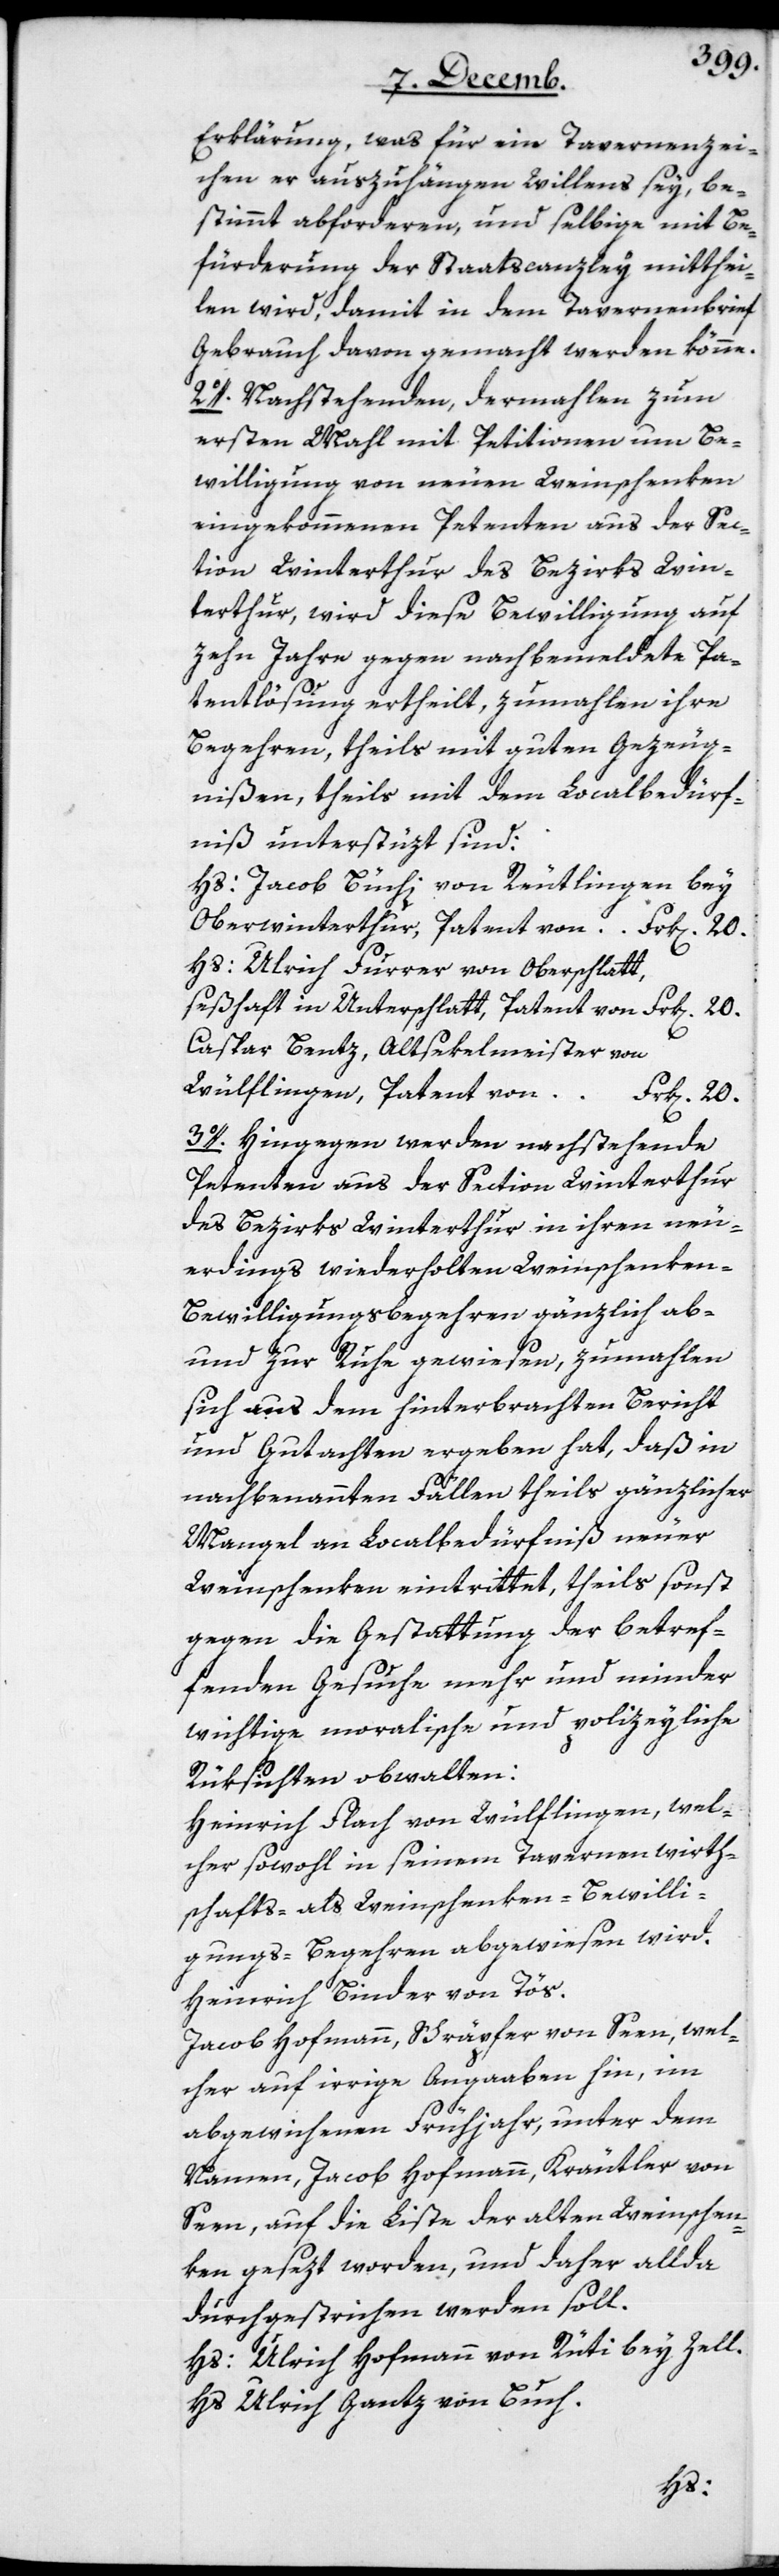
20.
Erklärung, was für ein Tavernenzei¬
chen er auszuhängen Willens sey, be¬
stimmt abforderen, und selbige mit Be¬
fürderung der Staatscanzley mitthei¬
len wird, damit in dem Tavernenbrief
Gebrauch davon gemacht werden könne.
2o. Nachstehenden, dermahlen zum
ersten Mahl mit Petitionen um Be¬
willigung von neuen Weinschenken
eingekommenen Petenten aus der Sec¬
tion Winterthur des Bezirks Win¬
terthur, wird diese Bewilligung auf
zehn Jahre gegen nachbemeldete Pa¬
tentlösung ertheilt, zumahlen ihre
Begehren, theils mit guten Gezeug¬
nißen, theils mit dem Localbedürf¬
niß unterstüzt sind:
Hs. Jacob Büchi von Reutlingen bey
Oberwinterthur, Patent von Frk[en]. 20.
Hs. Ulrich Furrer von Oberschlatt,
Caspar Bentz, Altsekelmeister von
Wülflingen, Patent von
Frk[en]. 20.
3o. Hingegen werden nachstehende
Petenten aus der Section Winterthur
des Bezirks Winterthur in ihren neu¬
erdings wiederholten Weinschenken-B¬
ewilligungsbegehren gänzlich ab-
und zur Ruhe gewiesen, zumahlen
sich aus dem hinterbrachten Bericht
und Gutachten ergeben hat, daß in
nachbenannten Fällen, theils gänzlicher
Mangel an Localbedürfniß neuer
Weinschenken eintrittet, theils sonst
gegen die Gestattung der betref¬
fenden Gesuche mehr und minder
wichtige moralische und polizeyliche
Rüksichten obwalten:
Heinrich Flach von Wülflingen, wel¬
cher sowohl in seinem Tavernenwirth¬
schafts- als Weinschenken-Bewilli¬
gungs-Begehren abgewiesen wird.
Heinrich Binder von Tös.
Jacob Hofmann, Schräpfer von Seen, wel¬
cher auf irrige Angaaben hin, im
abgewichenen Frühjahr, unter dem
Namen Jacob Hofmann, Kräutler von
Seen, auf die Liste der alten Weinschen¬
ken gesezt worden, und daher allda
durchgestrichen werden soll.
Hs. Ulrich Hofmann von Rüti bey Zell.
Hs. Ulrich Gantz von Buch.